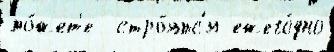
мо́жет'е  стро́ятс'я ежего́дно